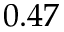
0 . 4 7